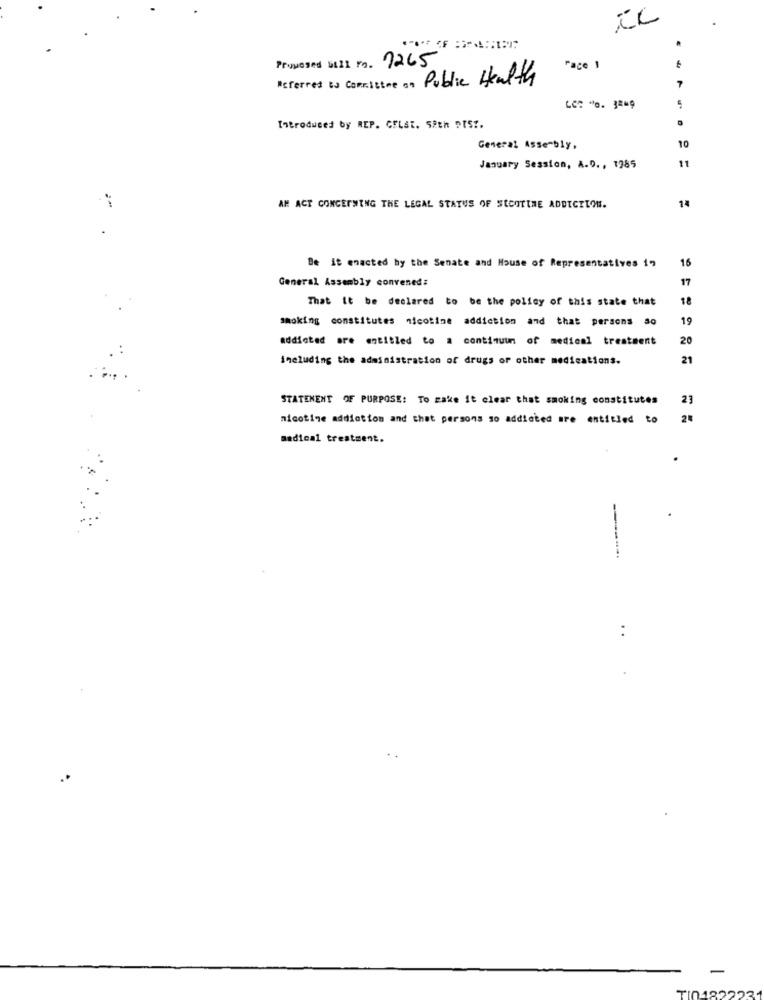
Proposed bill no. 1265
Face 1
Referred to Committee on Public Health
7
LC: "o. 3249
Introduced by REP. GELSE. S&th DIST.
General Assembly,
10
11
January Session, A.D. , 1985
14
AN ACT CONCERNING THE LEGAL STATUS OF StCOTINE ADDICTION.
15
Be it enacted by the Senate and House of Representatives 19
General Assembly convened:
17
That it be declared to be the policy of this state that
18
Smoking constitutes nicotine addiction and that persons so
19
addicted are entitled to a continuum of medical treatment
20
including the administration of drugs or other medications.
21
STATEMENT OF PURPOSE: To make it clear that smoking constitutes
23
nicotine addiction and that persons so addicted are entitled ₺
2ª
medical treatment.